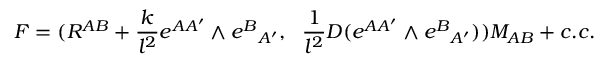
{ \cal F } = ( R ^ { A B } + { \frac { k } { l ^ { 2 } } } e ^ { A A ^ { \prime } } \wedge e ^ { B } { } _ { A ^ { \prime } } , ~ ~ { \frac { 1 } { l ^ { 2 } } } D ( e ^ { A A ^ { \prime } } \wedge e ^ { B } { } _ { A ^ { \prime } } ) ) M _ { A B } + c . c .